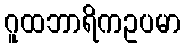
ဂူထဘာရိကဥပမာ